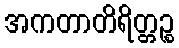
အကတာတိရိတ္တဉ္စ